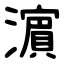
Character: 濵